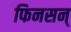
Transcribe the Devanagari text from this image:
फिनसन्‌